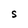
Character: S